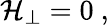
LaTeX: {\cal H}_{\perp}=0\ ,